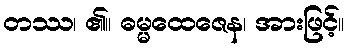
တဿ၊ ၏။ ဓမ္မထေဇေန၊ အားဖြင့်။